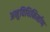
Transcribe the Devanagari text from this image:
अनुविधिनिर्माण